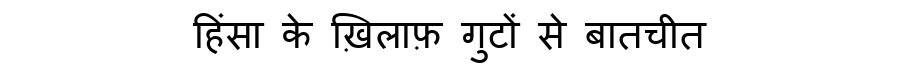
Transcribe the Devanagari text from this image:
हिंसा के ख़िलाफ़ गुटों से बातचीत